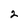
Character: 2